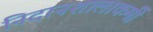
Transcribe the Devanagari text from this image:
निदानशालाकर्मी